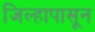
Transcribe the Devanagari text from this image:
जिल्हापासून